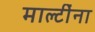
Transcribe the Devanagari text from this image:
माल्टींना